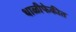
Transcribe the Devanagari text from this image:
थाळीफेकीत